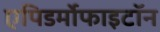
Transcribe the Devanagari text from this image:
एपिडर्मोफाइटॉन